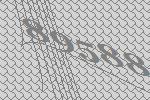
89588